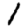
Digit: 1